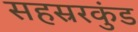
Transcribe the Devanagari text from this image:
सहस्ररकुंड